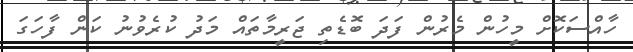
ހާއްސަކޮށް މީހުން މެރުން ފަދަ ބޮޑެތި ޖަރީމާތައް މަދު ކުރެވުނު ކަން ފާހަގަ